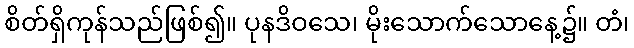
စိတ်ရှိကုန်သည်ဖြစ်၍။ ပုနဒိဝသေ၊ မိုးသောက်သောနေ့၌။ တံ၊